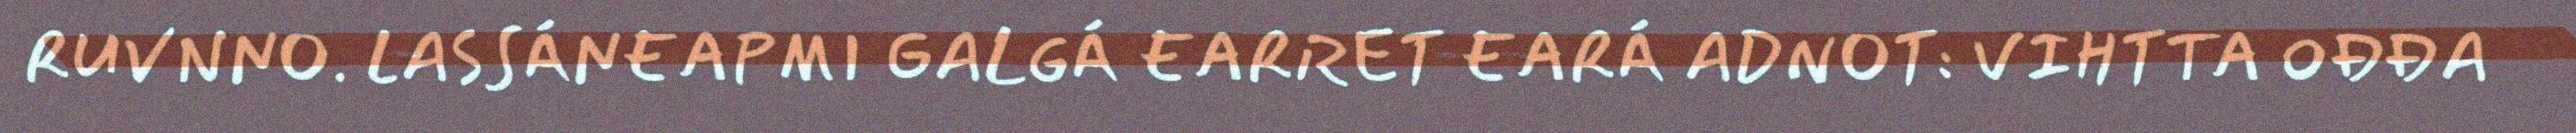
RUVNNO. LASSÁNEAPMI GALGÁ EARRET EARÁ ADNOT: VIHTTA OĐĐA